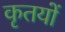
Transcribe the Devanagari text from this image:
कृतयों